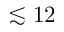
\lesssim 1 2